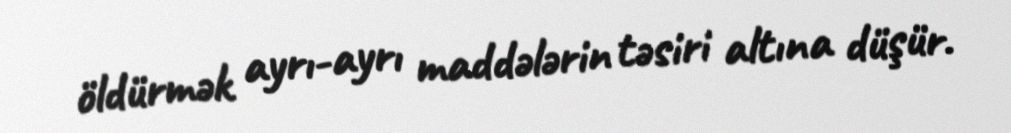
öldürmək ayrı-ayrı maddələrin təsiri altına düşür.